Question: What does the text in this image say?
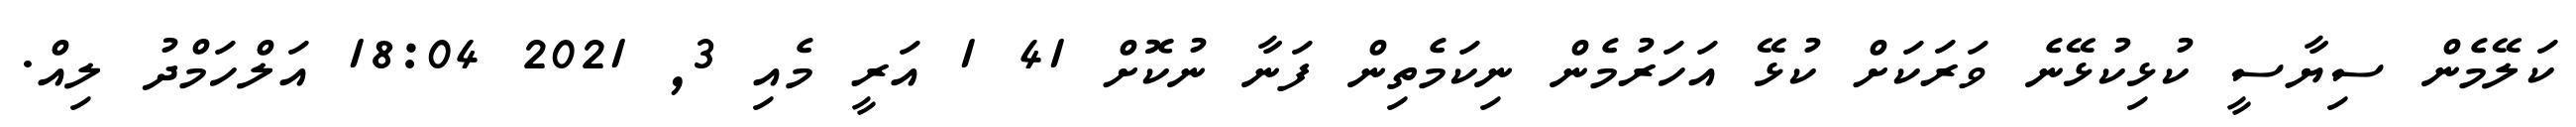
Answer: ކަލޭމެން ސިޔާސީ ކުޅިކުޅޭނެ ވަރަކަށް ކުޅޭ އަހަރުމެން ނިކަމެތިން ފަނާ ނުކޮށް 41 1 އަރީ މެއި 3, 2021 18:04 އަލްހަމްދު ލިއް.